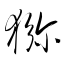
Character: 獼